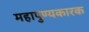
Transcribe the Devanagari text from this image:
महापुण्यकारक